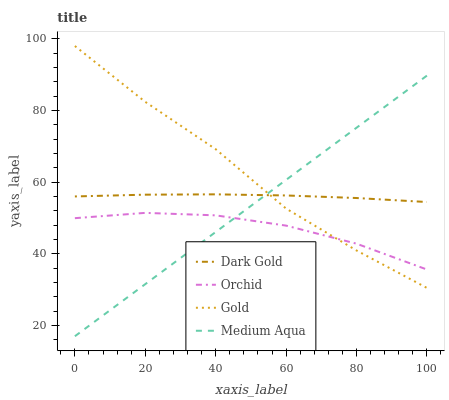
| xaxis_label | Dark Gold | Orchid | Gold | Medium Aqua |
 | --- | --- | --- | --- | --- |
 | 0 | 56 | 50 | 98 | 17 |
 | 20 | 56.5 | 51.4 | 82.4 | 31.5 |
 | 40 | 56.6 | 50.7 | 69.2 | 46.1 |
 | 60 | 56.3 | 47.9 | 52.6 | 60.6 |
 | 80 | 55.6 | 42.8 | 40.9 | 75.2 |
 | 100 | 54.5 | 35.6 | 30.5 | 89.7 |